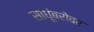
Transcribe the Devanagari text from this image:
साधूंबरोबर